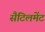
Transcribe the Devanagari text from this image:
सैटिलमेंट